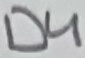
Text: D4